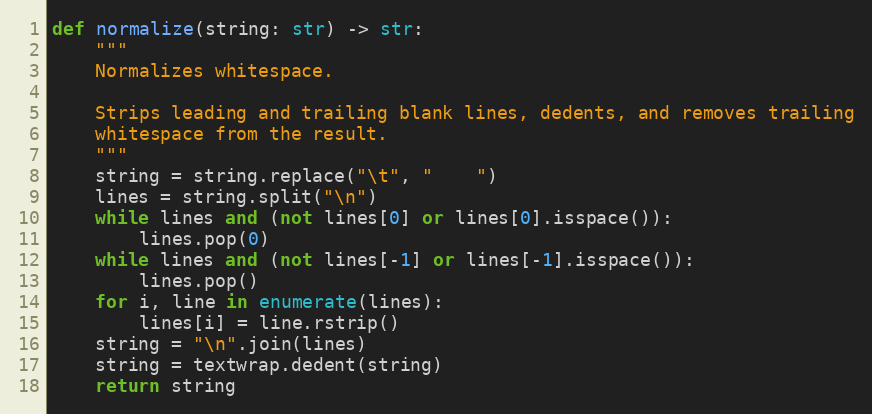
Language: Python
def normalize(string: str) -> str:
    """
    Normalizes whitespace.

    Strips leading and trailing blank lines, dedents, and removes trailing
    whitespace from the result.
    """
    string = string.replace("\t", "    ")
    lines = string.split("\n")
    while lines and (not lines[0] or lines[0].isspace()):
        lines.pop(0)
    while lines and (not lines[-1] or lines[-1].isspace()):
        lines.pop()
    for i, line in enumerate(lines):
        lines[i] = line.rstrip()
    string = "\n".join(lines)
    string = textwrap.dedent(string)
    return string